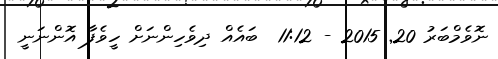
ނޮވެމްބަރު 20